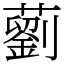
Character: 藰